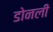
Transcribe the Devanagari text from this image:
डोनली